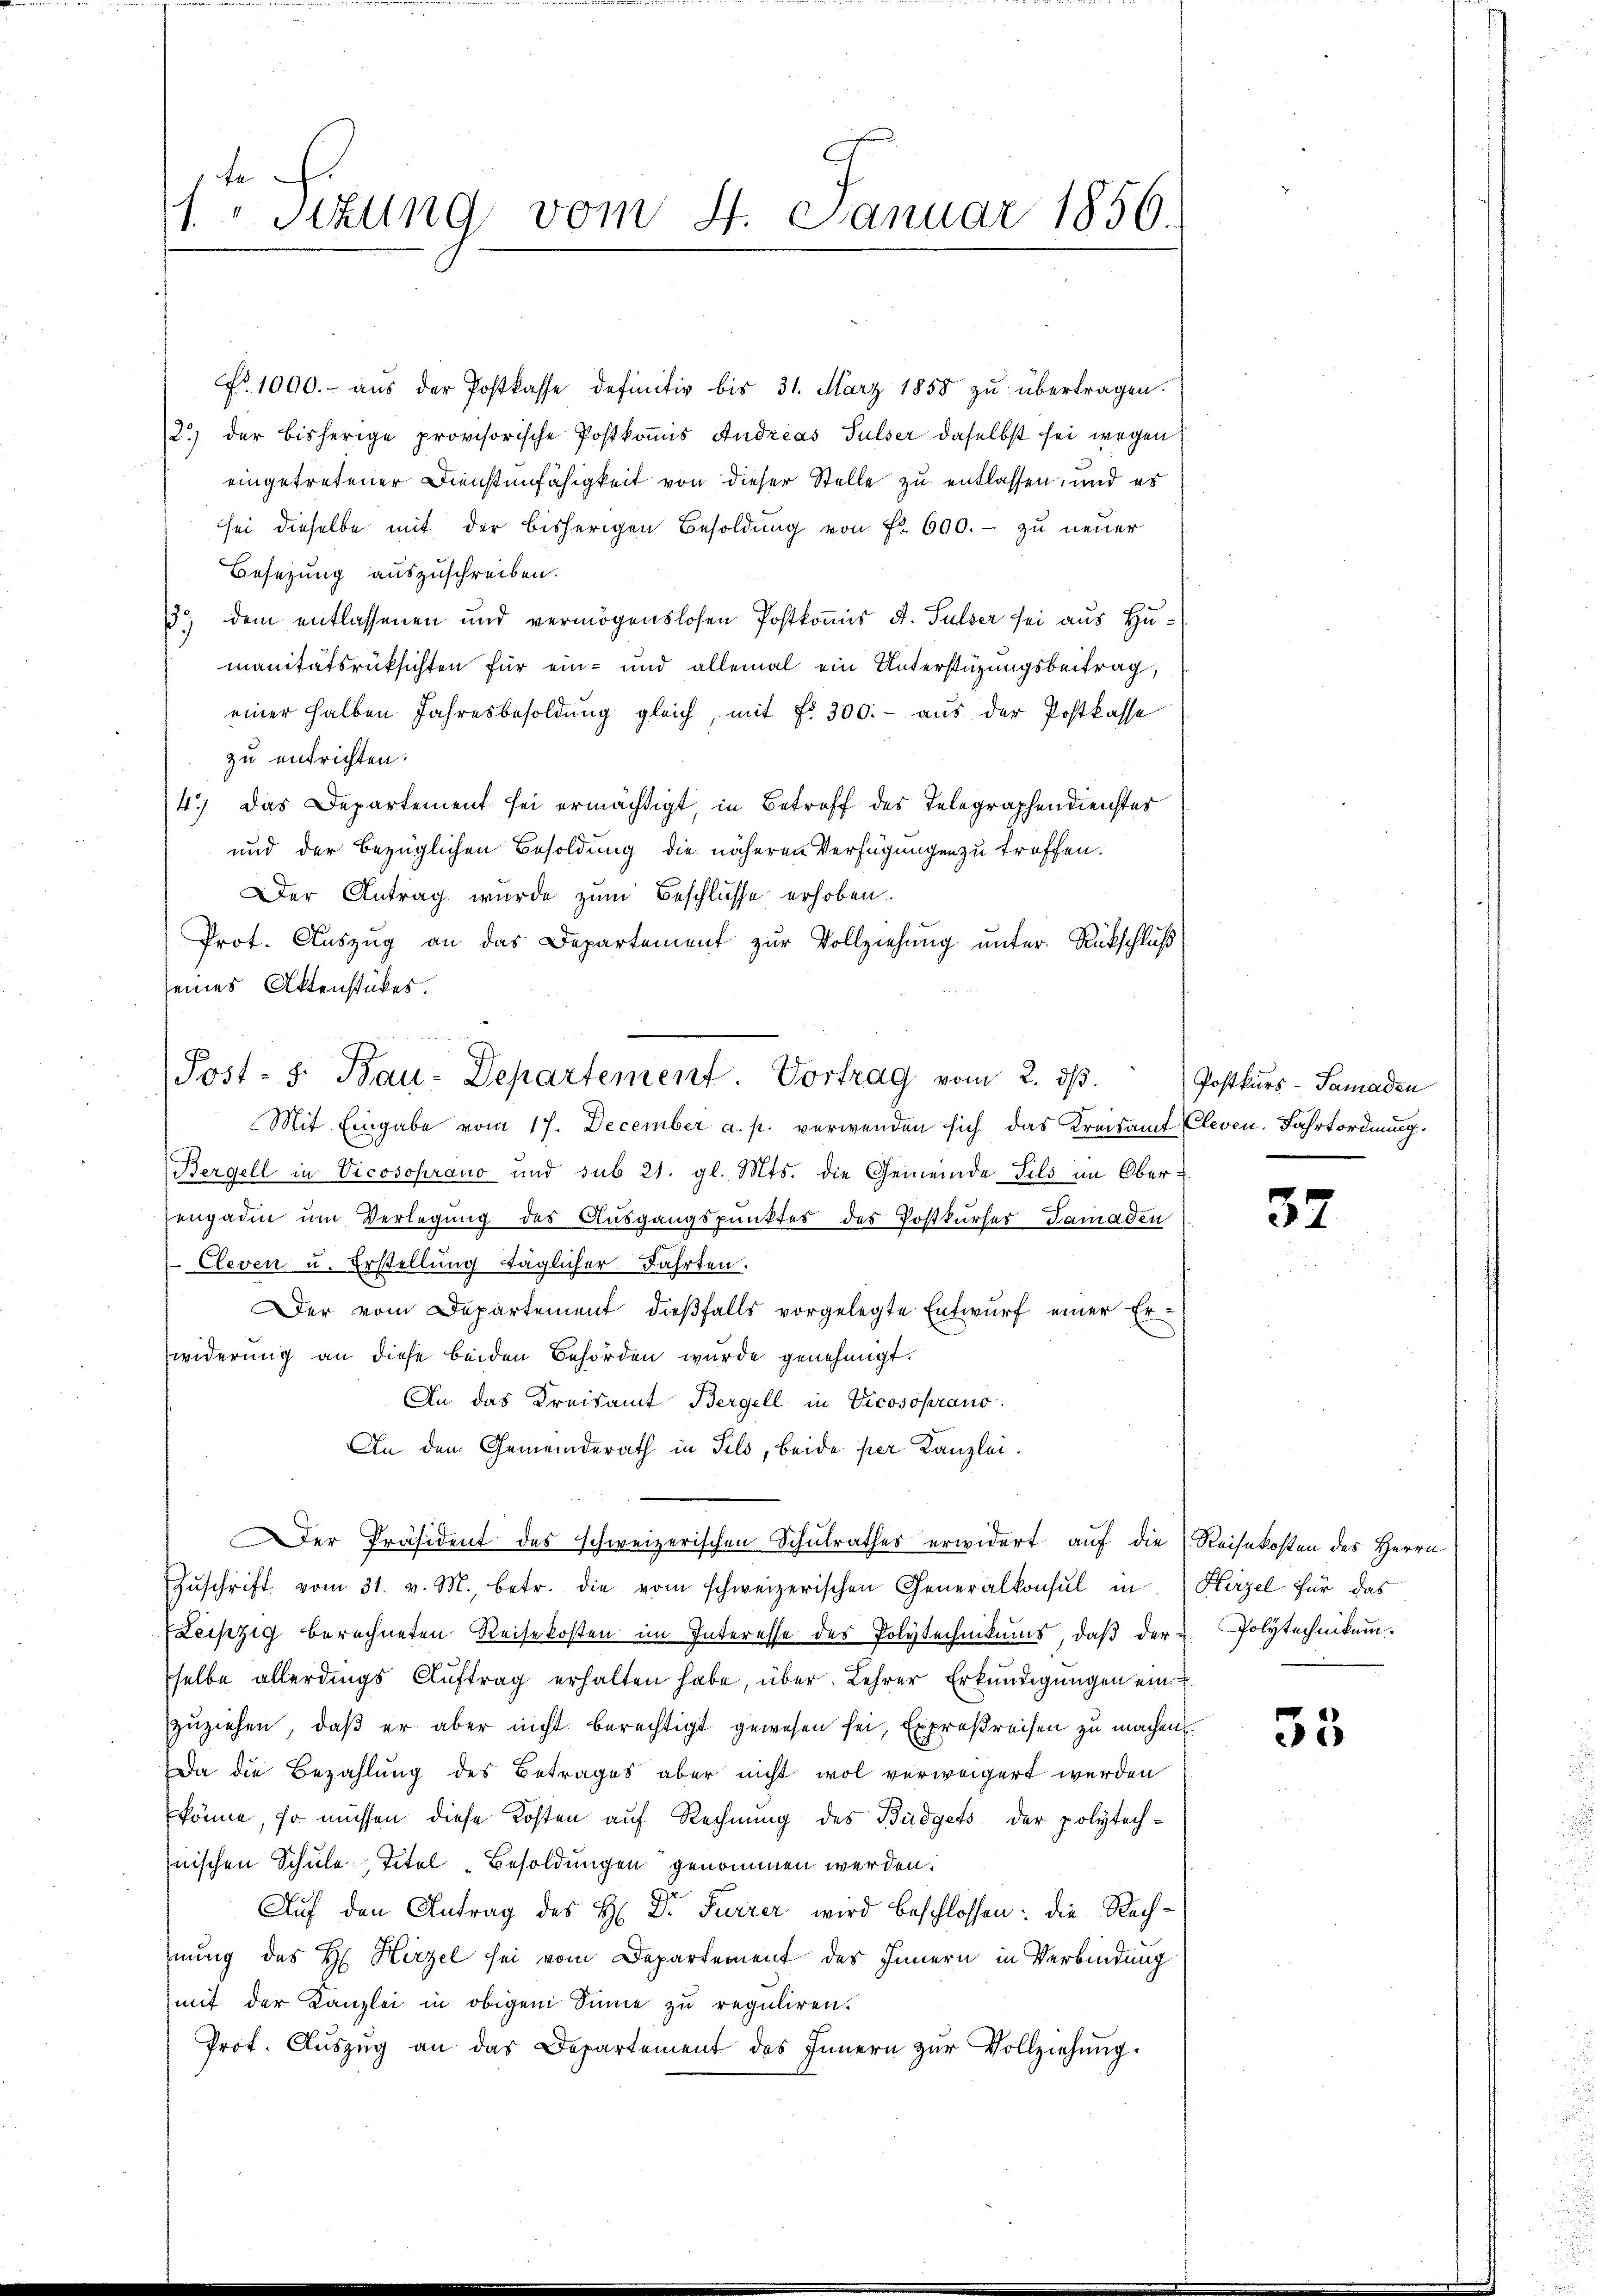
1. " Sitzung vom 4. Januar 1856.

No. 1000.- aŭs der Postkasse definitiv bis 31. März 1858 zu übertragen.
2.) der bisherige provisorische Postkoṁis Andreas Sulser daselbst sei wegen
eingetretener Dienstenfähigkeit von dieser Stelle zu entlassen, und es
sei dieselbe mit der bisherigen Besoldŭng von Fr. 600.- zu neuer
Besetzung auszuschreiben.
) dem entlassenen und vermögenslosen Postkomis d. Sulzer sei aus Humanitätsrücksichten für ein- und allemal ein Unterstüzungsbeitrag,
einer halben Jahresbesoldung gleich, mit Fr. 300.- aus der Postkasse
zu entrichten.
4.) Das Departement sei ermächtigt, in Betreff des Telegraphendienster
und der bezüglichen Besoldung die näheren Verfügungen zu treffen.
Der Antrag wurde zum Beschlüsse erhoben.
Prot. Auszug an das Departement zur Vollziehung unter Rückschluß
seines Aktenstückes.
Mit Eingabe vom 17. December a. p. verwenden sich das Kreisamt Cleven. Fahrtordnung.
Bergell in Vicosohrano und sub 21. gl. Mts. die Gemeinde Fils im Ober-
engadin um Verlegung des Ausgangspunktes des Postkurser Tamaden
Cleven u. Erstellung täglicher Fahrten.
Der vom Departement dießfalls vorgelegte Entwurf einer Erwiderung an diese beiden Behörden wurde genehmigt.
An das Kreisamt Bergell in Vicosoprano.
An dem Gemeinderath in Pils, beide per Kanzlei.
er Präsident des schweizerischen Schulrathes erwidert auf die Reisekosten des Herrn
Zŭschrift vom 31. v. M., betr. die vom schweizerischen Generalkonsul in Hirzel für das
Leipzig berechneten Reisekosten im Interesse des Polytechnikums, daβ der L. Polytechnikum.
pselbe allerdings Auftrag erhalten habe, über Lehrer Erkundigungen ein
zuziehen, daß er aber nicht berechtigt gewesen sei, Expreßreisen zu machen
Da die Bezahlung des Betrages aber nicht wol verweigert werden
könne, so müssen diese Kosten auf Rechnung des Büdgets der polytechinischen Schule Titel Besoldungen genommen werden.
Auf den Antrag des H. Dr Furrer wird beschlossen: die Rechnung des H. Hirzel sei vom Departement des Innern in Verbindung
mit der Kanzlei in obigem Sinne zu reguliren.
Prot. Aŭszŭg an das Departement des Innern zŭr Vollziehung.

Post-S. Bau-Departement. Vortrag vom 2. dβ. Postkŭrs-Samaden

52

53